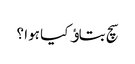
سچ بتاﺅ کیا ہوا ؟